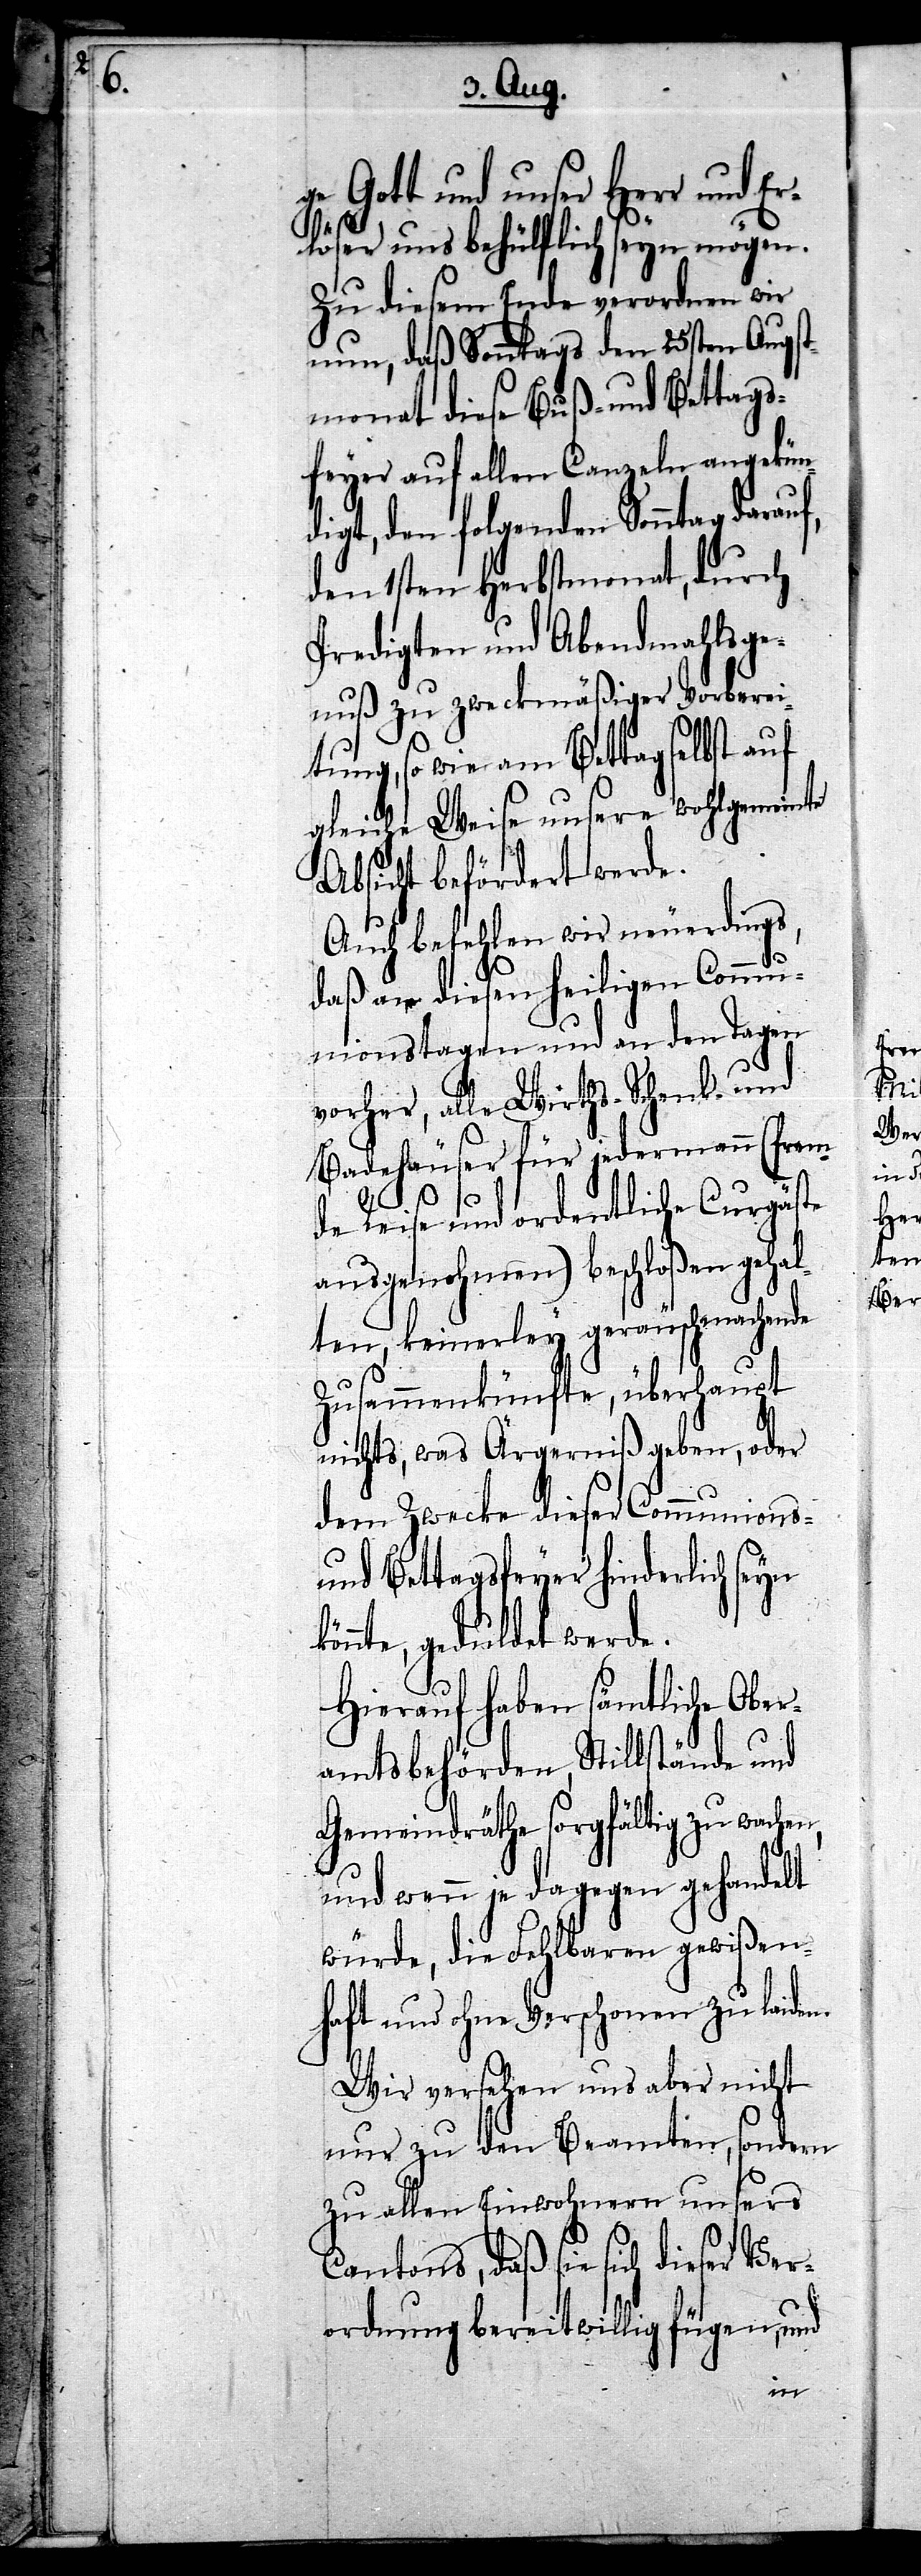
yn

k¬

e Gott und unser Herr und E¬
rlöser uns behülflich seyn mögen.
Zu diesem Ende verordnen wir
nun, daß Sonntags den 25sten Augst¬
monat diese Buß- und Bettags¬
feyer auf allen Canzeln angekün¬
digt, den folgenden Sonntag darau¬
den 1sten Herbstmonat, durch
Predigten und Abendmahlsge¬
nuß zu zweckmäßiger Vorberei¬
tung, so wie am Bettag selbst auf
gleiche Weise unsere wohlgmeinte
Absicht befördert werde.
Auch befehlen wir neuerdings,
daß an diesen heiligen Commu¬
nionstagen und an den Tagen
vorher, alle Wirths- Schenk- und
Badehäuser für jedermann (frem¬
de Reise und ordentliche Curgäste
ausgenohmen) beschloßen gehal¬
ten, keinerley geräuschmachende
Zusammenkünfte, überhaupt
nichts, was Ägerniß geben, oder
dem Zwecke dieser Communions-
und Bettagsfeyer hinderlich se¬
önnte, geduldet werde.
Hierauf haben sämtliche Ober¬
amtsbehörden, Stillstände und
Gemeindräthe sorgfältig zu
und wenn je dagegen gehandelt
würde, die Fehlbaren gewißen¬
haft und ohne zu Verschonen zu laiden.
Wir versehen uns aber nicht
nur zu den Beamten, sondern
zu allen Einwohnern unsers
Cantons, daß sie sich dieser Ver¬
ordnung bereitwillig fügen, und
f,